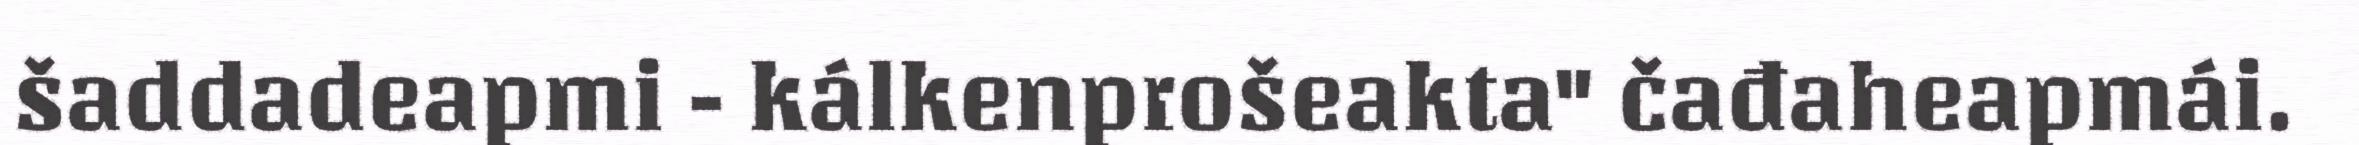
šaddadeapmi - kálkenprošeakta" čađaheapmái.